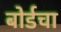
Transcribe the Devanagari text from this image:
बोर्डचा